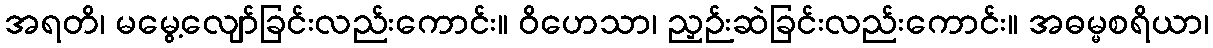
အရတိ၊ မမွေ့လျော်ခြင်းလည်းကောင်း။ ဝိဟေသာ၊ ညှဉ်းဆဲခြင်းလည်းကောင်း။ အဓမ္မစရိယာ၊